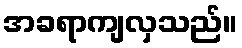
အခရာကျလှသည်။